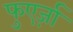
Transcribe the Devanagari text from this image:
फुएर्ज़ा